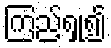
ကြည့်ရှု၍